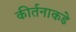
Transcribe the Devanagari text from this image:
कीर्तनाकडे